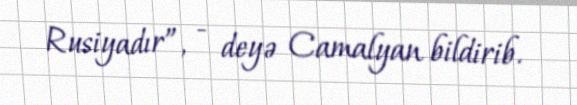
Rusiyadır”, - deyə Camalyan bildirib.